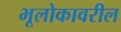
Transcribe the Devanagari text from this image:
भूलोकावरील